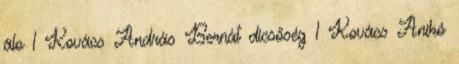
álo 1 Kovács András Bernát dicsőség 1 Kovács Anikó